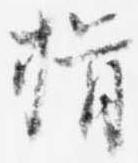
揖